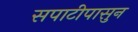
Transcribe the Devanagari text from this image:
सपाटीपासुन